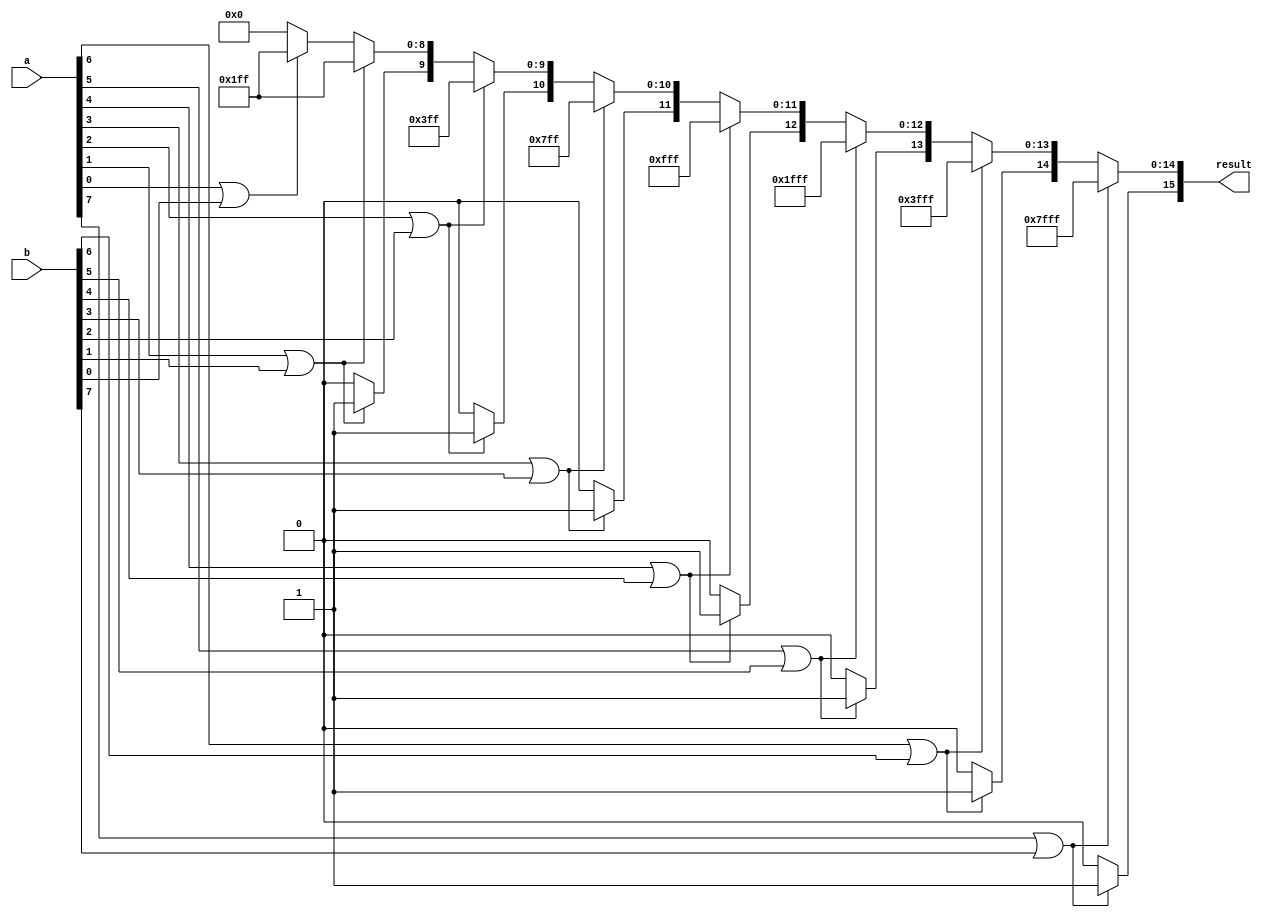
module unmul_8(input [7:0] a, input [7:0] b, output [15:0] result);

reg [15:0] result;

always@(*) begin
  if (a[7] | b[7]) begin
    result = 'hFFFF;
  end 
  else begin
    result[15] = 'b0;
    if (a[6] | b[6]) begin
      result[14:0] = 'h7FFF;
    end
    else begin
      result[14] = 'b0;
      if (a[5] | b[5]) begin
        result[13:0] = 'h3FFF;
      end
      else begin
        result[13] = 'b0;
        if (a[4] | b[4]) begin
          result[12:0] = 'h1FFF;
        end
        else begin
          result[12] = 'b0;
          if (a[3] | b[3]) begin
            result[11:0] = 'hFFF;
          end
          else begin
            result[11] = 'b0;
            if (a[2] | b[2]) begin
              result[10:0] = 'h7FF;
            end
            else begin
              result[10] = 'b0;
              if (a[1] | b[1]) begin
                result[9:0] = 'h3FF;
              end
              else begin
                result[9] = 'b0;
                if (a[0] | b[0]) begin
                  result[8:0] = 'h1FF;
                end
                else begin
                  result[8:0] = 'h0;
                end
              end
            end
          end
        end
      end
    end
  end
end

endmodule